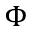
\Phi